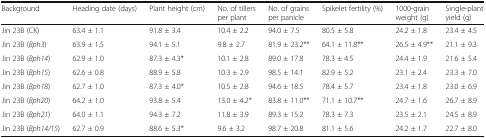
| Background | Heading date (days) | Plant height (cm) | No. of tillers per plant | No. of grains per panicle | Spikelet fertility (%) | 1000-grain weight (g) | Single-plant yield (g) |
 | --- | --- | --- | --- | --- | --- | --- | --- |
 | Jin 23B (CK) | 63.4 ± 1.1 | 91.8 ± 3.4 | 10.4 ± 2.2 | 94.0 ± 7.5 | 80.5 ± 5.8 | 24.2 ± 1.8 | 23.4 ± 4.5 |
 | Jin 23B (Bph3) | 63.9 ± 1.5 | 94.1 ± 5.1 | 9.8 ± 2.7 | 81.9 ± 23.2** | 64.1 ± 11.8** | 26.5 ± 4.9** | 21.1 ± 9.3 |
 | Jin 23B (Bph14) | 62.9 ± 1.0 | 87.3 ± 4.3* | 10.1 ± 2.8 | 89.0 ± 17.8 | 78.3 ± 4.5 | 24.4 ± 1.9 | 21.6 ± 5.4 |
 | Jin 23B (Bph15) | 62.6 ± 0.8 | 88.9 ± 5.8 | 10.3 ± 2.9 | 98.5 ± 14.1 | 82.9 ± 5.2 | 23.1 ± 2.4 | 23.3 ± 7.0 |
 | Jin 23B (Bph18) | 62.7 ± 1.0 | 87.3 ± 4.0* | 10.5 ± 2.8 | 94.6 ± 18.5 | 78.4 ± 5.7 | 23.4 ± 1.8 | 23.0 ± 6.9 |
 | Jin 23B (Bph20) | 64.2 ± 1.0 | 93.8 ± 5.4 | 13.0 ± 4.2* | 83.8 ± 11.0** | 71.1 ± 10.7** | 24.7 ± 1.6 | 26.7 ± 8.9 |
 | Jin 23B (Bph21) | 64.0 ± 1.1 | 94.3 ± 7.2 | 11.8 ± 3.9 | 89.3 ± 15.2 | 78.3 ± 7.3 | 23.5 ± 2.1 | 24.5 ± 8.9 |
 | Jin 23B (Bph14/15) | 62.7 ± 0.9 | 88.6 ± 5.3* | 9.6 ± 3.2 | 98.7 ± 20.8 | 81.1 ± 5.6 | 24.2 ± 1.7 | 22.7 ± 8.0 |